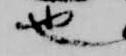
也